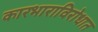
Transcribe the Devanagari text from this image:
कारभाराविरोधात